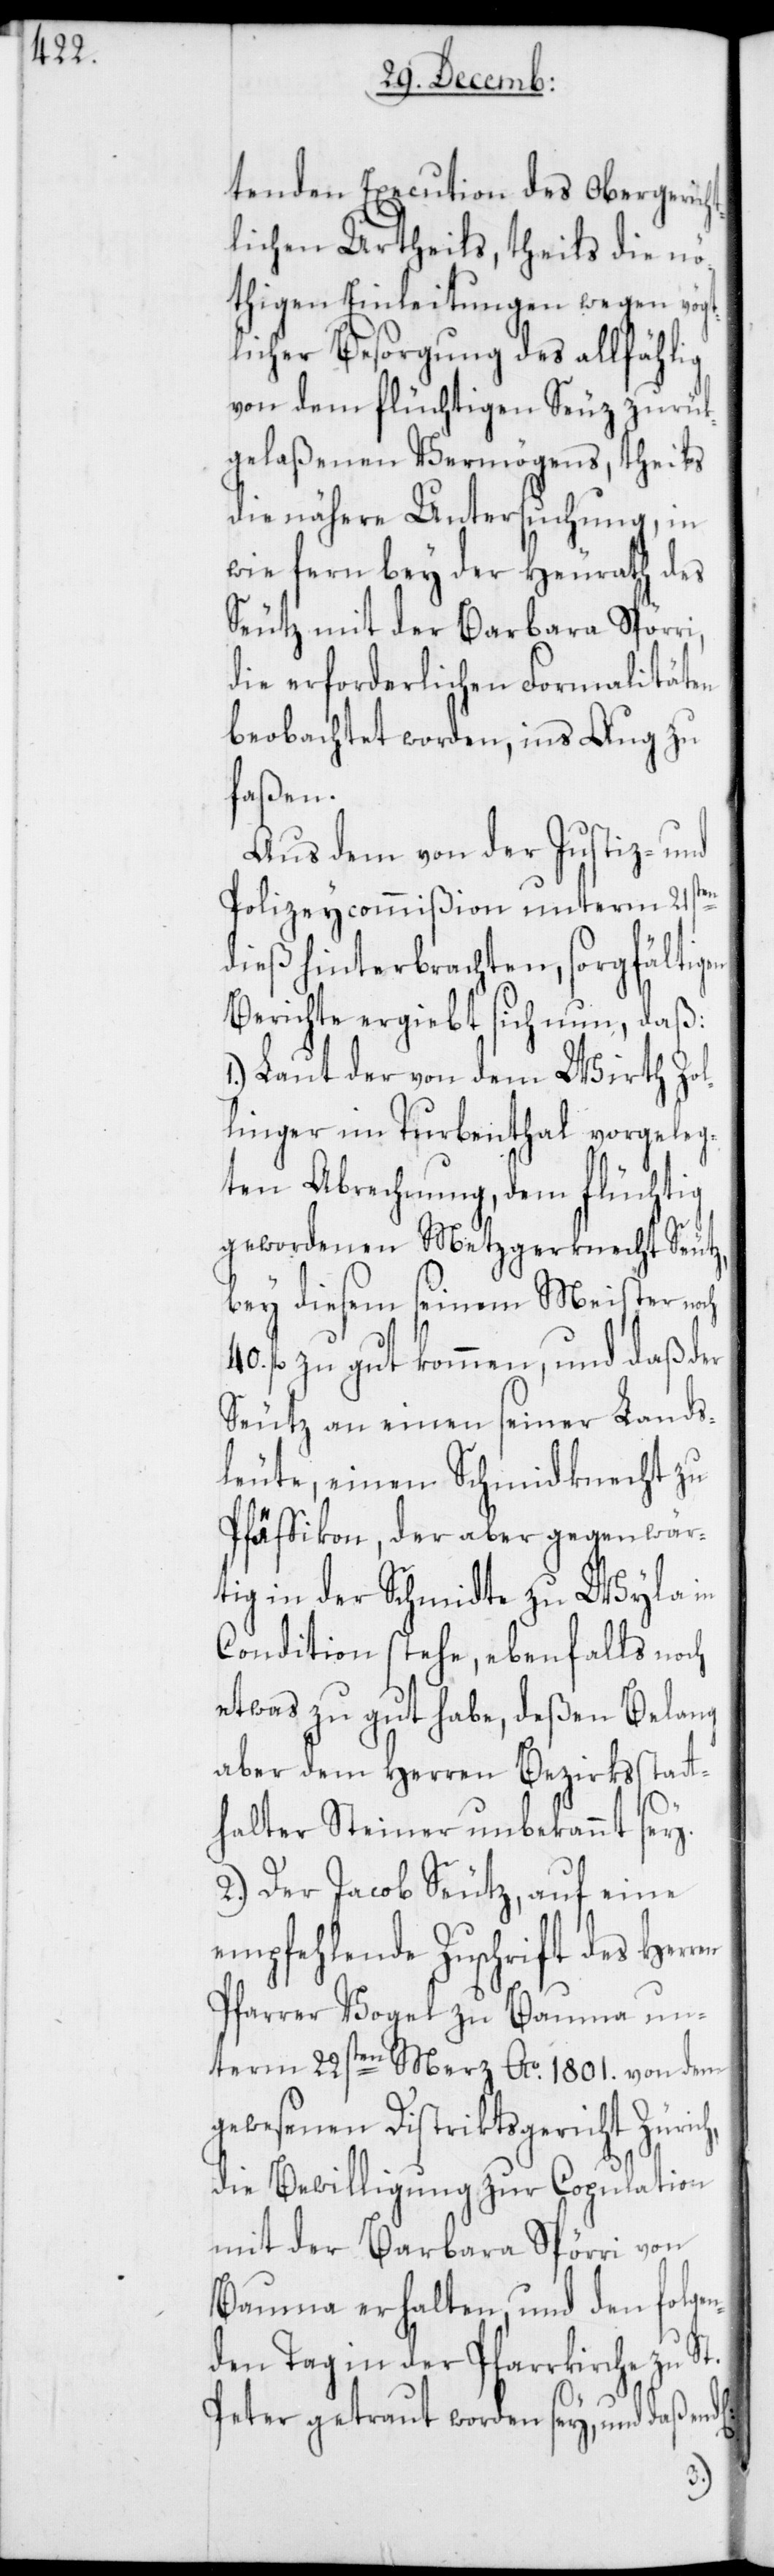
tenden Execution des Obergerich¬
tlichen Urtheils, theils die nö¬
thigen Einleitungen wegen vögt¬
licher Bersorgung des allfählig
von dem flüchtigen Seuz zurük¬
gelaßenen Vermögens, theils
die nähere Untersuchung, in
wie fern bey der Heyrath des
Seutz mit der Barbara Spörri,
die erforderlichen Formalitäten
beobachtet worden, ins Aug zu
faßen.
Aus dem von der Justiz- und
Polizeycommißion unterm 21sten
dieß hinterbrachten, sorgfältigen
Berichte ergiebt sich nun, daß:
Laut der von dem Wirth Zol¬
linger im Turbenthal vorgeleg¬
ten Abrechnung, dem flüchtig
gewordenen Metzgerknecht Seutz,
bey diesem seinem Meister noch
fl. zu gut kommen, und daß der
Seutz an einen seiner Lands¬
leute, einen Schmidknecht zu
Pfäffikon, der aber gegenwär¬
tig in der Schmidte zu Wyla in
Condition stehe, ebenfalls noch
etwas zu gut habe, deßen Belang
aber dem Herren Bezirksstatt¬
halter Steiner unbekannt sey.
2.) Der Jacob Seutz, auf eine
empfehlende Zuschrift des Herr¬
Pfarrer Vogel zu Bauma un¬
term 22sten Merz Ao. 1801. von dem
gewesenen Distriktsgericht Zürich,
die Bewilligung zur Copulation
mit der Barbara Spörri von
Bauma erhalten, und den folge¬
nden Tag in der Pfarrkirche zu St.
en
Peter getraut worden sey, und daß end[l¬
ich]